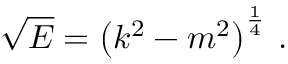
{ \sqrt { E } } = \left( k ^ { 2 } - m ^ { 2 } \right) ^ { \frac { 1 } { 4 } } \, .